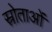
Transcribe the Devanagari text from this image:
स्रोताओं